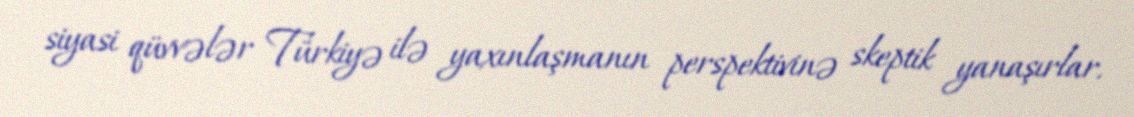
siyasi qüvvələr Türkiyə ilə yaxınlaşmanın perspektivinə skeptik yanaşırlar.